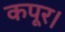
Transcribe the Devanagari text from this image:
कपूर।